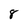
Character: 8